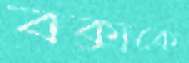
বক্সকে